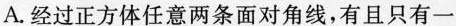
A.经过正方体任意两条面对角线，有且只有一